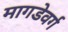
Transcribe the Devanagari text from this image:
मागडेवर्ग